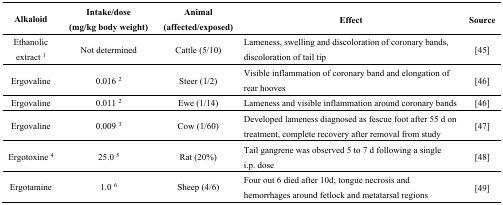
| Alkaloid | Intake/dose (mg/kg body weight) | Animal (affected/exposed) | Effect | Source |
 | --- | --- | --- | --- | --- |
 | Ethanolic extract 1 | Not determined | Cattle (5/10) | Lameness, swelling and discoloration of coronary bands, discoloration of tail tip | [45] |
 | Ergovaline | 0.016 2 | Steer (1/2) | Visible inflammation of coronary band and elongation of rear hooves | [46] |
 | Ergovaline | 0.011 2 | Ewe (1/14) | Lameness and visible inflammation around coronary bands | [46] |
 | Ergovaline | 0.009 3 | Cow (1/60) | Developed lameness diagnosed as fescue foot after 55 d on treatment, complete recovery after removal from study | [47] |
 | Ergotoxine 4 | 25.0 5 | Rat (20%) | Tail gangrene was observed 5 to 7 d following a single i.p. dose | [48] |
 | Ergotamine | 1.0 6 | Sheep (4/6) | Four out 6 died after 10d; tongue necrosis and hemorrhages around fetlock and metatarsal regions | [49] |